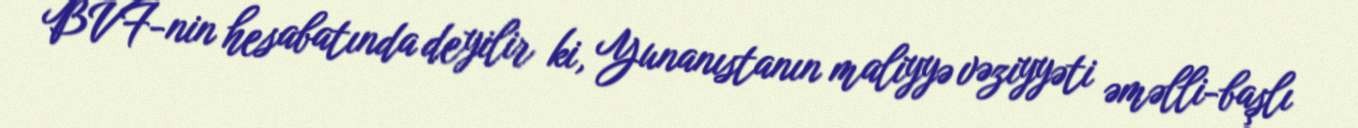
BVF-nin hesabatında deyilir ki, Yunanıstanın maliyyə vəziyyəti əməlli-başlı